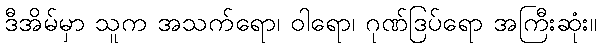
ဒီအိမ်မှာ သူက အသက်ရော၊ ဝါရော၊ ဂုဏ်ဒြပ်ရော အကြီးဆုံး။